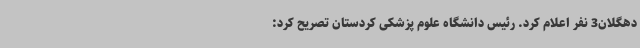
دهگلان3 نفر اعلام کرد. رئیس دانشگاه علوم پزشکی کردستان تصریح کرد: